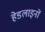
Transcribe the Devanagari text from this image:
हेडलाइनों